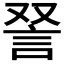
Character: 𫌵